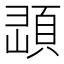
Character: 𩒔